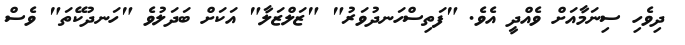
ދިވެހި ސިނަމާއަށް ވެއްދީ އެވެ. "ފަތިސްހަނދުވަރު" "ޒަލްޒަލާ" އަކަށް ބަދަލުވެ "ހަނދުކޭތަ" ވެސް